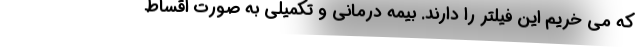
که می خریم این فیلتر را دارند. بیمه درمانی و تکمیلی به صورت اقساط